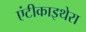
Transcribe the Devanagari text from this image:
एंटीकाइथेरा